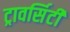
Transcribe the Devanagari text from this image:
ट्रावर्सिटी